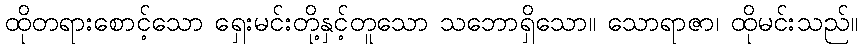
ထိုတရားစောင့်သော ရှေးမင်းတို့နှင့်တူသော သဘောရှိသော။ သောရာဇာ၊ ထိုမင်းသည်။